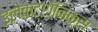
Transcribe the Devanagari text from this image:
इलेकट्रॉनिक्स